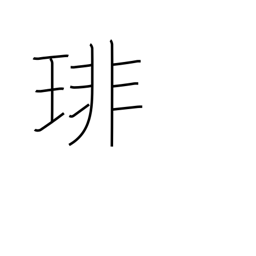
Meaning: string of many pearls